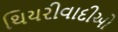
થિયરીવાદીઓ